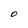
Character: O